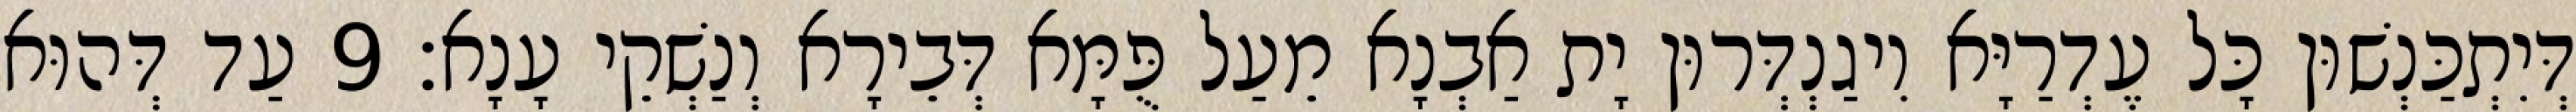
דְּיִתְכַּנְשׁוּן כָּל עֶדְרַיָּא וִיגַנְדְּרוּן יָת אַבְנָא מֵעַל פֻּמָּא דְּבֵירָא וְנַשְׁקֵי עָנָא׃ 9 עַד דְּהוּא